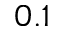
0 . 1